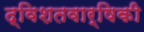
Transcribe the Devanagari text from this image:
द्विशतवार्षिकी